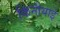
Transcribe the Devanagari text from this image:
किनीयाई